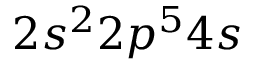
2 s ^ { 2 } 2 p ^ { 5 } 4 s